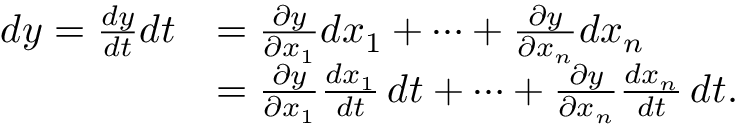
{ \begin{array} { r l } { d y = { \frac { d y } { d t } } d t } & { = { \frac { \partial y } { \partial x _ { 1 } } } d x _ { 1 } + \cdots + { \frac { \partial y } { \partial x _ { n } } } d x _ { n } } \\ & { = { \frac { \partial y } { \partial x _ { 1 } } } { \frac { d x _ { 1 } } { d t } } \, d t + \cdots + { \frac { \partial y } { \partial x _ { n } } } { \frac { d x _ { n } } { d t } } \, d t . } \end{array} }